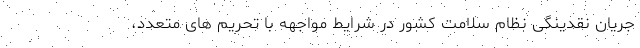
جریان نقدینگی نظام سلامت کشور در شرایط مواجهه با تحریم های متعدد،